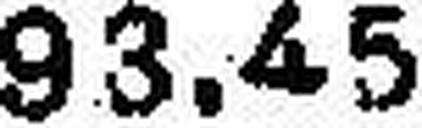
93.45